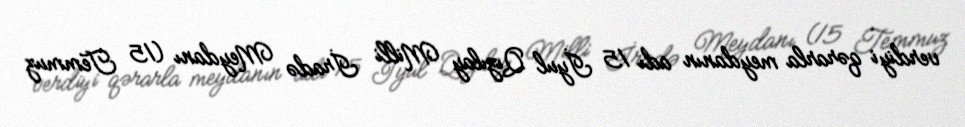
verdiyi qərarla meydanın adı 15 İyul Qızılay Milli İradə Meydanı (15 Temmuz